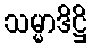
သမ္မာဒိဋ္ဌိ